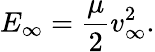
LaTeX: E_{\infty}=\frac{\mu}{2}v_{\infty}^{2}.